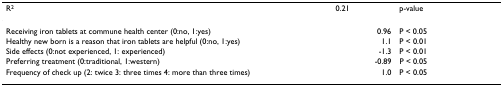
<table><thead><tr><td><b>R<sup>2</sup></b></td><td><b>0.21</b></td><td><b>p-value</b></td></tr></thead><tbody><tr><td>Receiving iron tablets at commune health center (0:no, 1:yes)</td><td>0.96</td><td>P &lt; 0.05</td></tr><tr><td>Healthy new born is a reason that iron tablets are helpful (0:no, 1:yes)</td><td>1.1</td><td>P &lt; 0.01</td></tr><tr><td>Side effects (0:not experienced, 1: experienced)</td><td>-1.3</td><td>P &lt; 0.01</td></tr><tr><td>Preferring treatment (0:traditional, 1:western)</td><td>-0.89</td><td>P &lt; 0.05</td></tr><tr><td>Frequency of check up (2: twice 3: three times 4: more than three times)</td><td>1.0</td><td>P &lt; 0.05</td></tr></tbody></table>